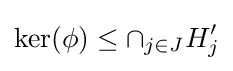
\ker(\phi )\leq \cap _{j\in J}H_{j}'